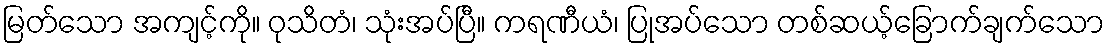
မြတ်သော အကျင့်ကို။ ဝုသိတံ၊ သုံးအပ်ပြီ။ ကရဏီယံ၊ ပြုအပ်သော တစ်ဆယ့်ခြောက်ချက်သော